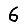
Digit: 6